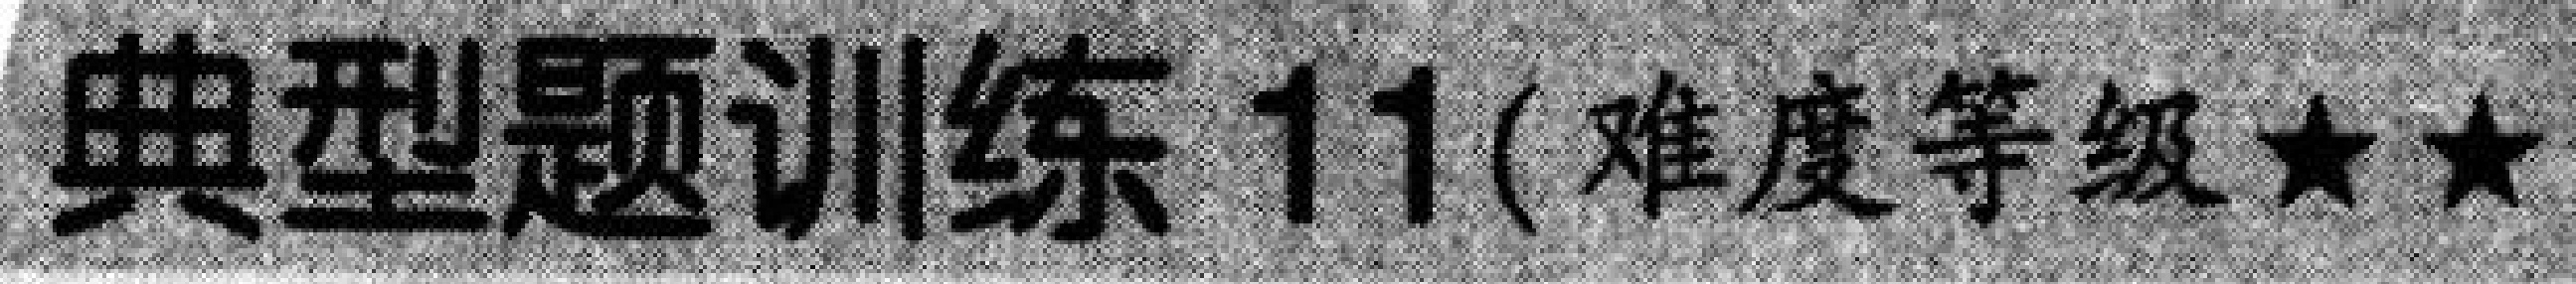
典型题训练 11 (难度等级$\star\star$)